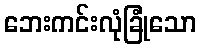
ဘေးကင်းလုံခြုံသော